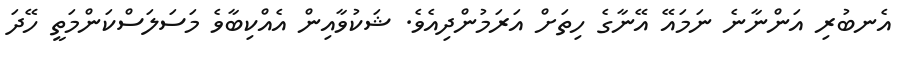
އެނބުރި އަންނާނެ ނަމައޭ އޭނާގެ ހިތަަށް އަރަމުންދިއެވެ. ޝަކުވާއިން އެއްކިބާވެ މަސަލަސްކަންމަތީ ހޭދަ